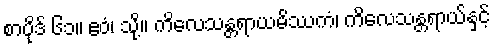
စာပိုဒ် ၆၁။ ဧဝံ၊ သို့။ ကိလေသန္တရာယမိဿကံ၊ ကိလေသန္တရာယ်နှင့်